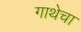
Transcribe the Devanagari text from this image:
गाथेचा